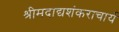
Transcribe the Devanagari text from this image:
श्रीमदाद्यशंकराचार्य